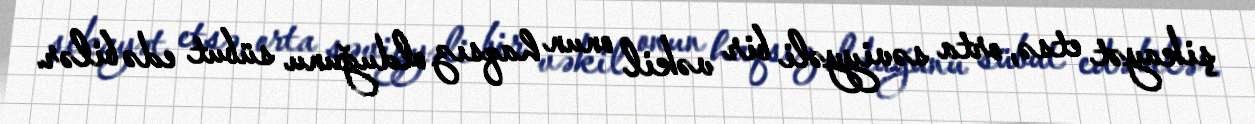
şikayət etsə, orta səviyyəli bir vəkil onun haqsız olduğunu sübut edə bilər.